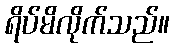
ရိပ်မိလိုက်သည်။